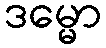
ဒမ္မော